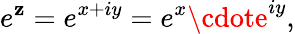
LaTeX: e^{\mathbf{z}}=e^{x+iy}=e^{x}\cdote^{iy},